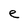
Character: e